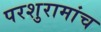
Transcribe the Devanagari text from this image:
परशुरामांच